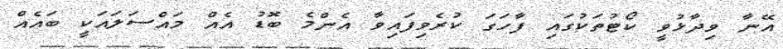
އޭނާ ވިދާޅުވީ ކޯޓުތަކުގައި ފާހަގަ ކުރެވިފައިވާ އެންމެ ބޮޑު އެއް މައްސަލައަކީ ބައެއް